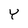
Character: Y